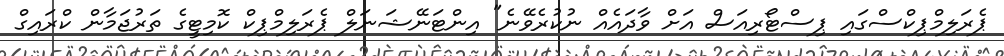
ޕެރަލިމްޕިކްސްގައި ޕިސްޓޯރިއަސް އަށް ވާދައެއް ނުކުރެވޭނެ" އިންޓަނޭޝަނަލް ޕެރަލިމްޕިކް ކޮމިޓީގެ ތަރުޖަމާން ކްރައިގް